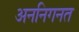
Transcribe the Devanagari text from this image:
अननिगनत